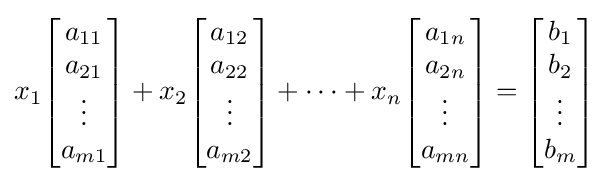
x_{1}{\begin{bmatrix}a_{11}\\a_{21}\\\vdots \\a_{m1}\end{bmatrix}}+x_{2}{\begin{bmatrix}a_{12}\\a_{22}\\\vdots \\a_{m2}\end{bmatrix}}+\dots +x_{n}{\begin{bmatrix}a_{1n}\\a_{2n}\\\vdots \\a_{mn}\end{bmatrix}}={\begin{bmatrix}b_{1}\\b_{2}\\\vdots \\b_{m}\end{bmatrix}}